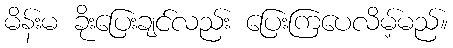
မိန်းမ ခိုးပြေးချင်လည်း ပြေးကြပေလိမ့်မည်။